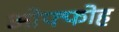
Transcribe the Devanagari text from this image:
ओफ्फोह